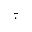
\tilde { \cdot }